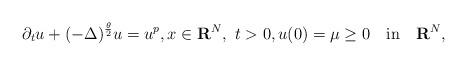
LaTeX: \begin{align*}\partial_t u+(-\Delta)^{\frac{\theta}{2}}u=u^p,x\in{\bf R}^N,\,\,t>0,u(0)=\mu\ge 0\quad\mbox{in}\quad{\bf R}^N,\end{align*}